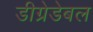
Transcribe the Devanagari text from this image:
डीग्रेडेबल